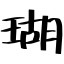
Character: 瑚